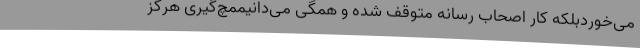
می‌خوردبلکه کار اصحاب رسانه متوقف شده و همگی می‌دانیممچ‌گیری هرگز